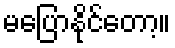
မပြောနိုင်တော့။